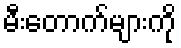
မီးတောက်များကို